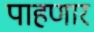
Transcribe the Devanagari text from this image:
पाहणार